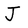
Character: J